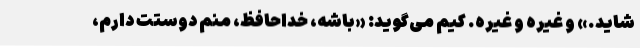
شاید.» و غیره و غیره. کیم می‌گوید: «باشه، خداحافظ، منم دوستت دارم،